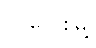
ကလေးမြို့